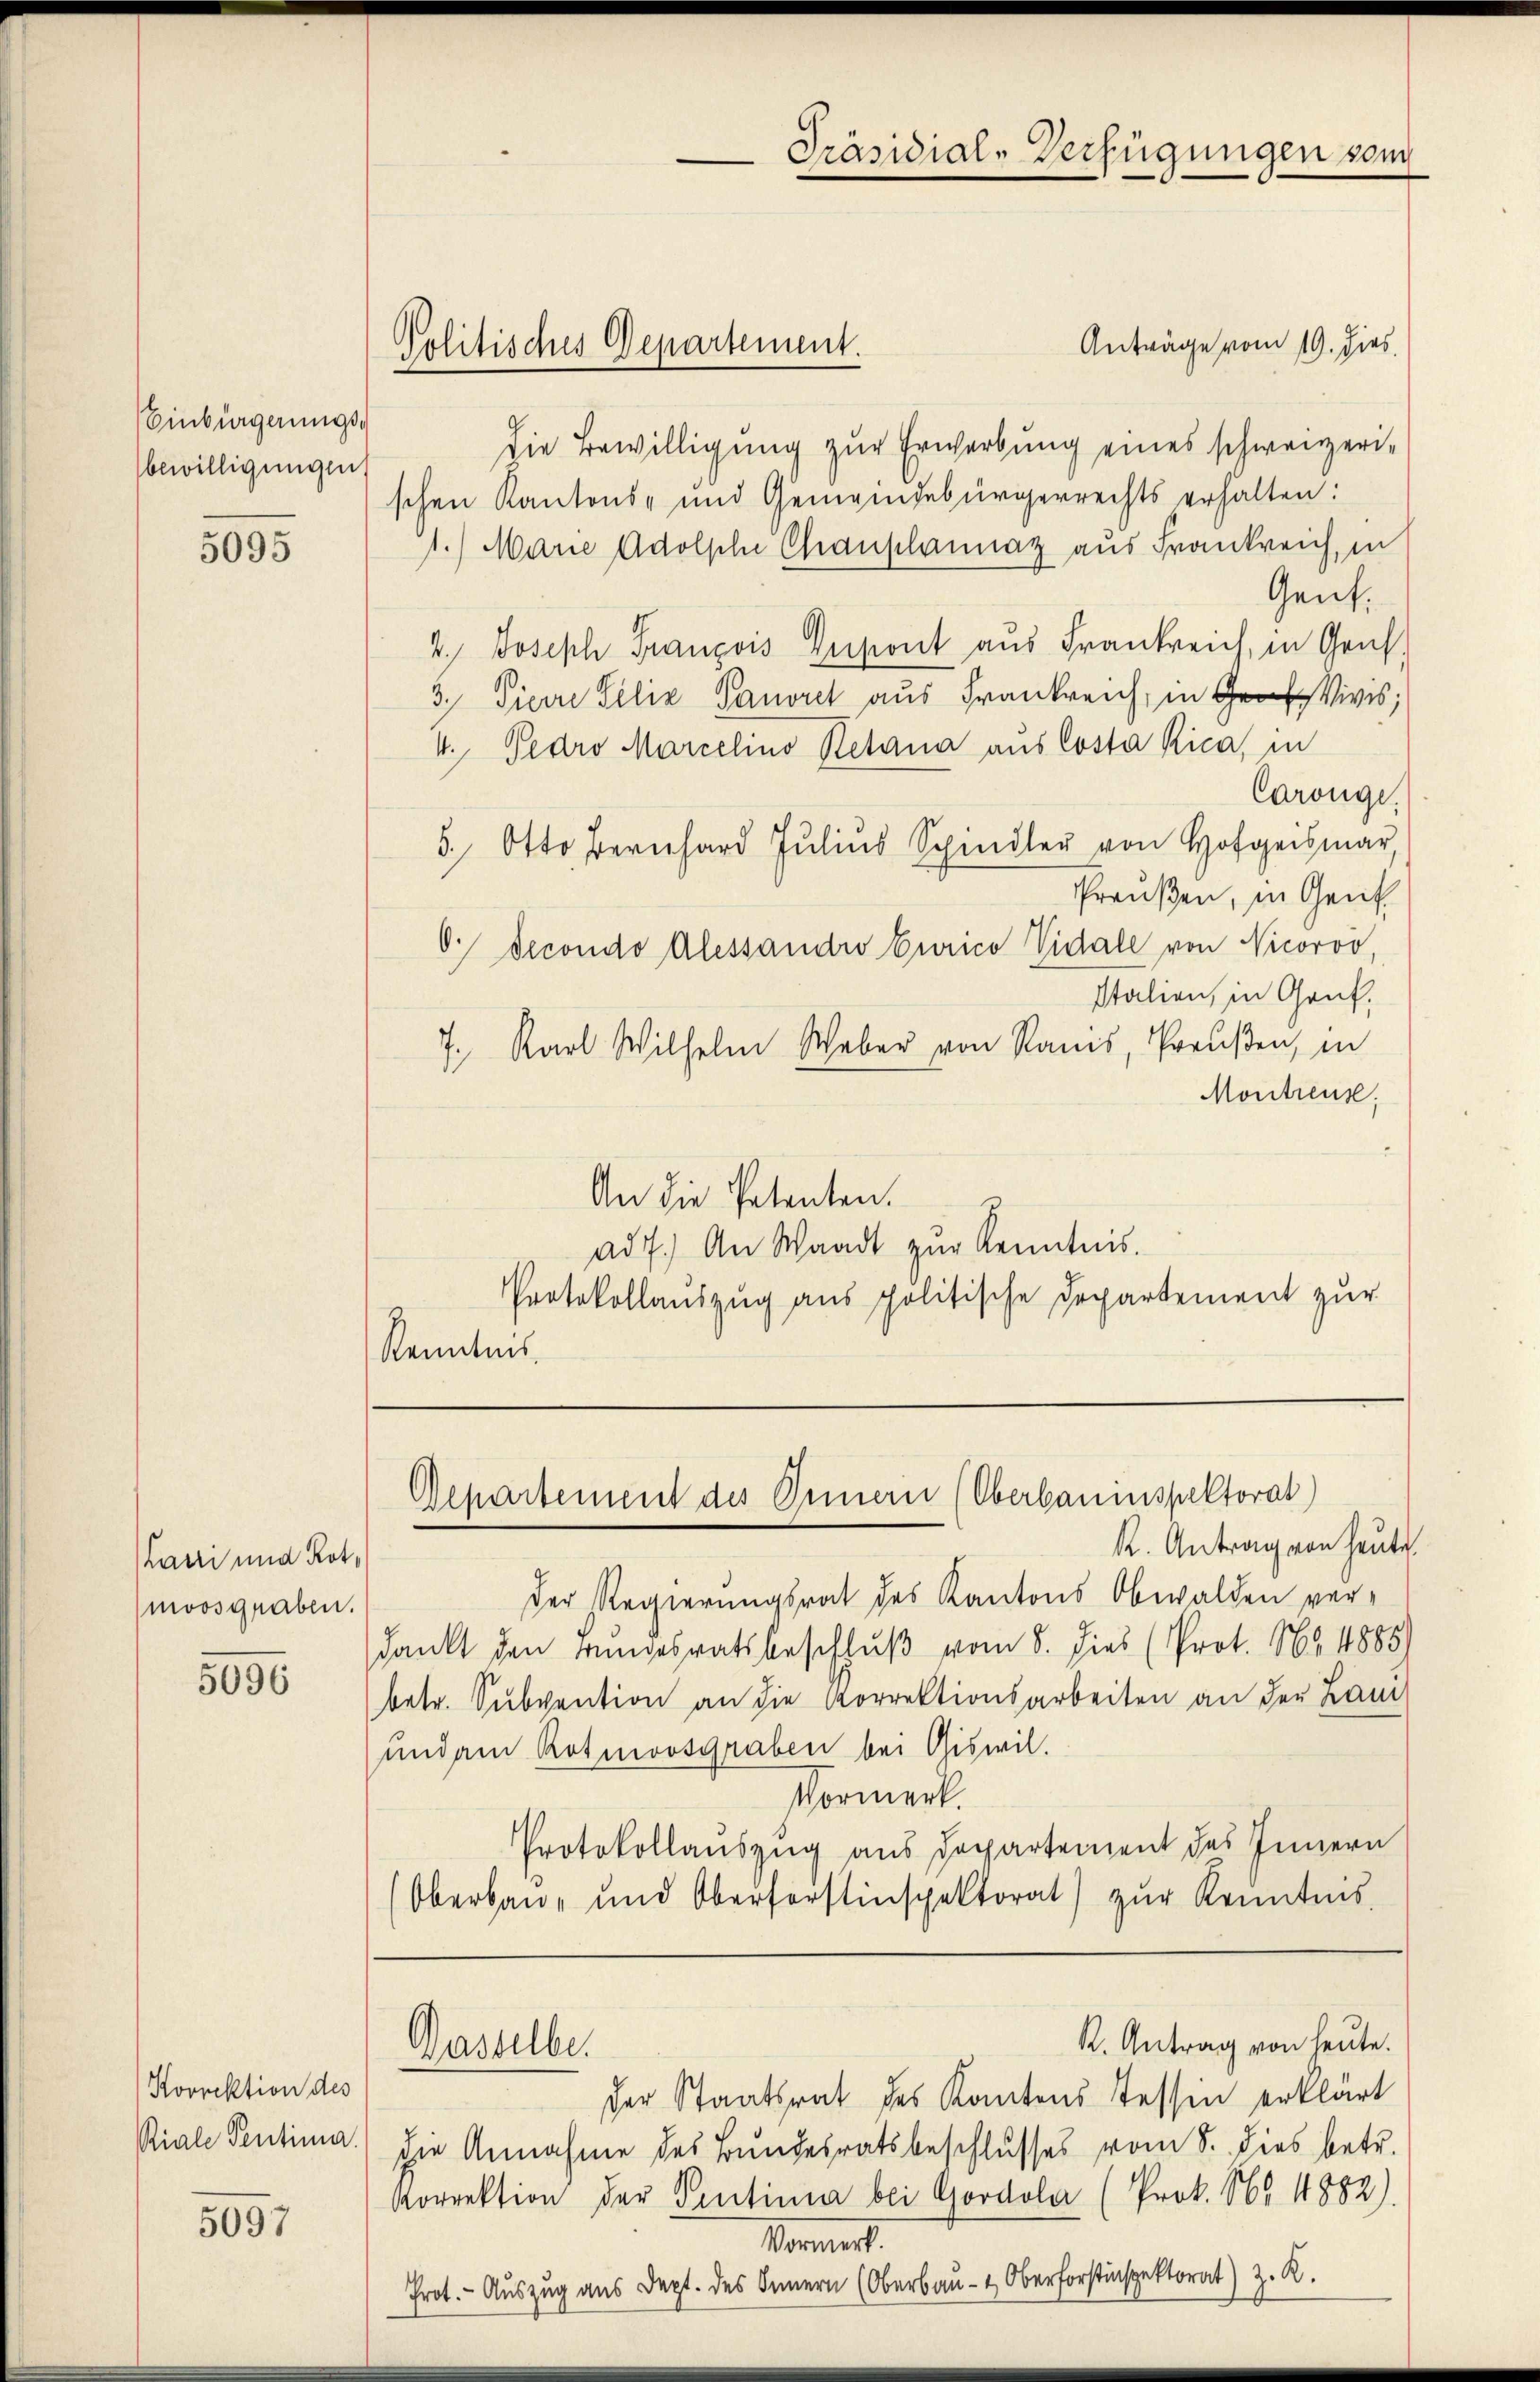
Einbürgerungs
bewilligungen

5095

Larri und Rotmoosgraben.

5096

Korrektion des
Riale Sentima.

5097

Anträge vom 19. dies
die Bewilligung zur Erwerbung eines schweizerischen Kantons- und Gemeindebürgerrechts erhalten:
1.) Manie Adolphe Chauplannaz aus Frankreich, in
Gent,
2.) Joseph François Gesont aus Frankreich, in Genf,
3. Pierre Felix Panorel aus Frankreich, in Vivis;
4. Pedro Marielino Retana aus Costa Rica, in
Caröngi.
5. Otto Bernhard Jŭliŭs Spindler von Hofgeismar
Preußen, in Gent
O. Decondo Alessandes Curico Vidale von Nicorov,
Italien, in Genf,
7. Karl Wilhelm Weber von Ranis, Preußen, in
Montreus.
An die Petenten.
ad 7. An Waadt zur Kenntnis.
Protokollauszug aus politische Departement zur
Kenntnis

Politisches Departement.

Der Regierungsrat des Kantons Obwalden ver-
dankt den Bundesratsbeschluß vom 8. dies (Prot. No 11885
betr. Subvention an die Korrektionsarbeiten an den Lan
und am Rotmoosgraben bei Giswil.
Vormerk.
Protokollauszug aus Departement des Innern
Oberbau- und Oberforstinspektorat) zŭr Kenntnis

Departement des Innern (Oberbauinspektorat)
k. Antrag von heute.

Dasselbe.

der Staatsrat des Kantons Tessin erklärt
die Annahme des Bundesratsbeschlusses vom 8. dies betr.
Korrektion der Sentima bei Goodola (Prok. Nr. 1882).
Kommen.
Prot. - Auszug aus Dept. des Innern (Oberbau- & Oberforstinspektorat) z. R.

Präsidial-Verfügungen vom

R. Antrag von heute.